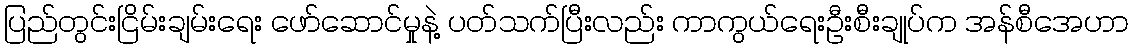
ပြည်တွင်းငြိမ်းချမ်းရေး ဖော်ဆောင်မှုနဲ့ ပတ်သက်ပြီးလည်း ကာကွယ်ရေးဦးစီးချုပ်က အန်စီအေဟာ